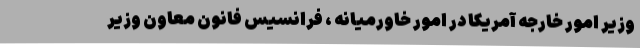
وزیر امور خارجه آمریکا در امور خاورمیانه ، فرانسیس فانون معاون وزیر